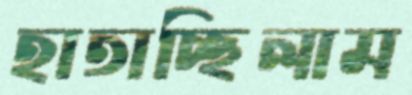
হাতাচ্ছিলাম